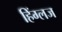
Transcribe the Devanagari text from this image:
हिंग्लज